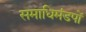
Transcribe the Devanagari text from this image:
समाधिमंडपों